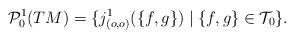
LaTeX: \begin{align*}\mathcal{P}^1_0(TM)&=\{j^1_{(o,o)}(\{f,g\})\mid\{f,g\}\in\mathcal{T}_0\}.\end{align*}